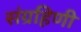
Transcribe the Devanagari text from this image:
संग्रहिणी